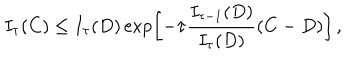
I _ { \tau } ( C ) \le I _ { \tau } ( D ) \exp \! \left[ - \tau { \frac { I _ { \tau - 1 } ( D ) } { I _ { \tau } ( D ) } } ( C - D ) \right] ,